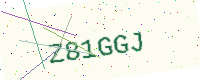
Text: Z81GGJ